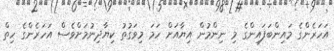
އަހަރެންގެ މައިންބަފައިންގެ މި ނިންމުން އިޔާއަށް ހަމަ މިވަގުތު ކިޔާދިނުމަށްވެސް އަހަރެންގެ ހިތް